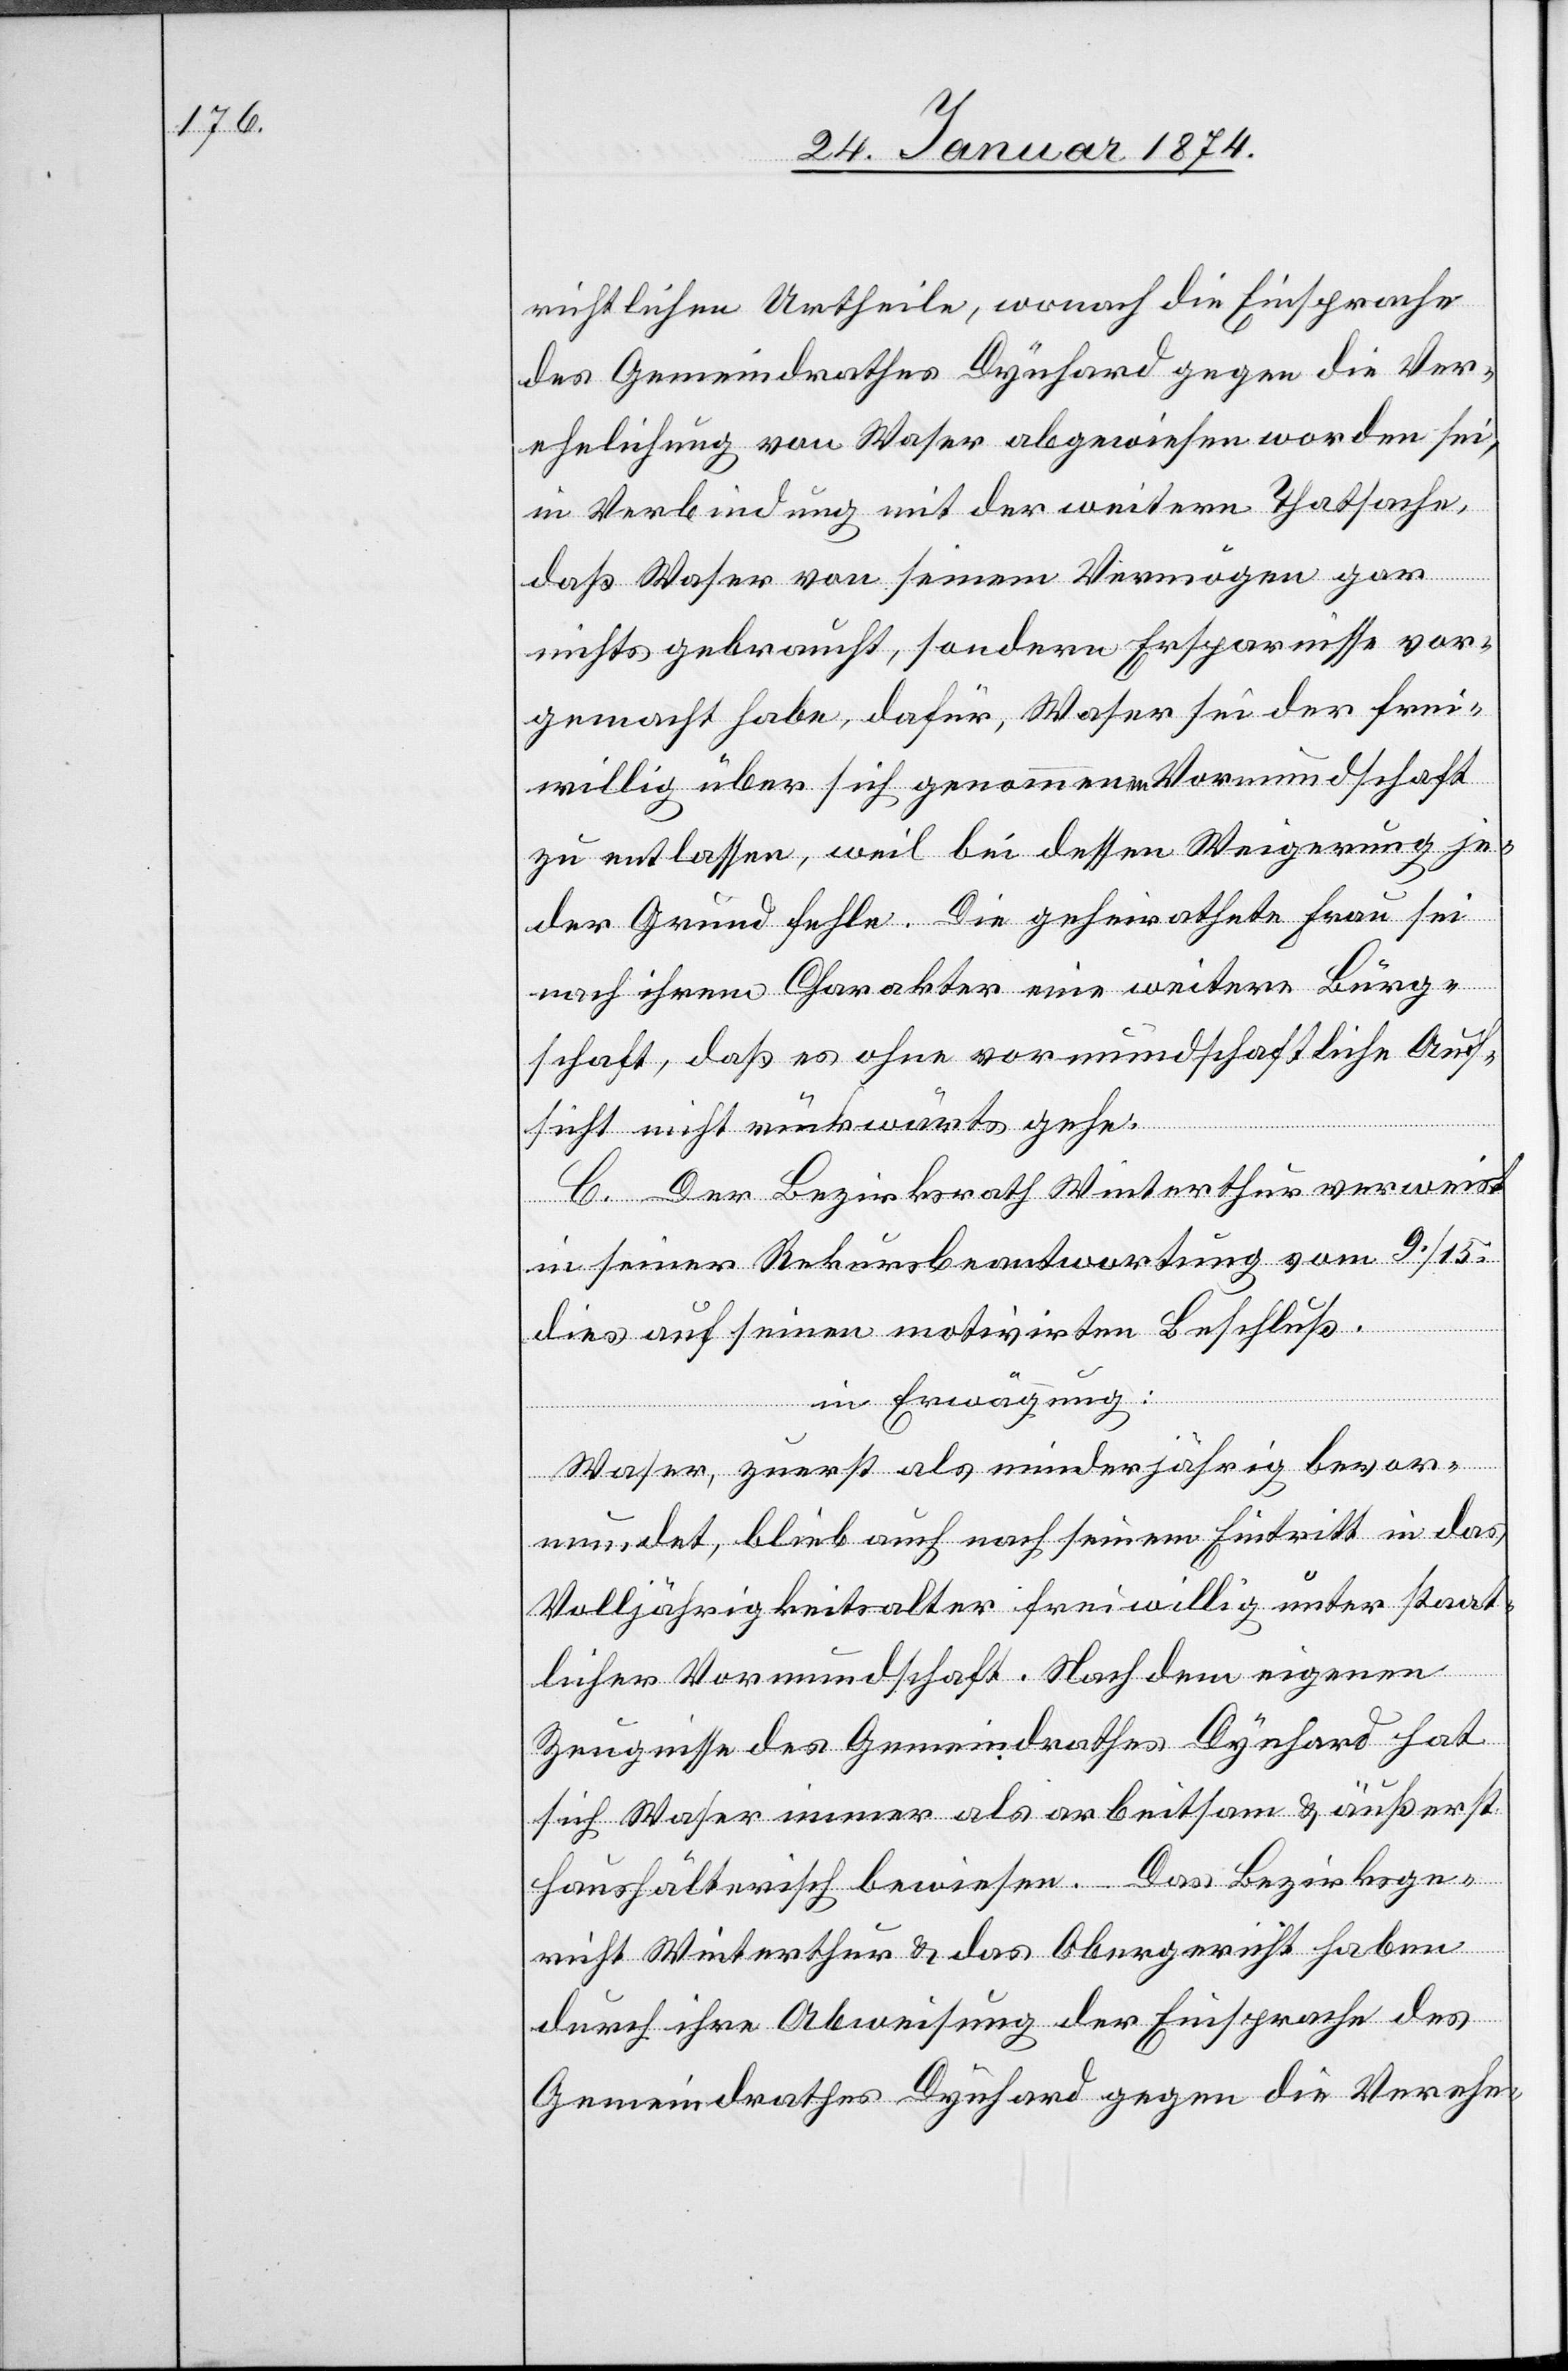
richtlichen Urtheile, worauf die Einsprache
des Gemeindrathes Dynhard gegen die Ver¬
ehelichung von Waser abgewiesen worden sei,
in Verbindung mit der weitern Thatsache,
daß Waser von seinem Vermögen gar
nichts gebraucht, sondern Ersparnisse vor¬
gemacht habe, dafür, Waser sei der frei¬
willig über sich genommenen Vormundschaft
zu entlassen, weil bei dessen Weigerung je¬
der Grund fehle. Die geheirathete Frau sei
nach ihrem Charakter eine weitere Bürg¬
schaft, daß es ohne vormundschaftliche Auf¬
sicht nicht rückwärts gehe.
C. Der Bezirksrath Winterthur verweist
in seiner Rekursbeantwortung vom 9. / 15.
dies auf seinen motivirten Beschluß.
in Erwägung:
Waser, zuerst als minderjährig bevor¬
mundet, bleib[t] auch nach seinem Eintritt in das
Volljährigkeitsalter freiwillig unter staat¬
licher Vormundschaft. Nach dem eigenen
Zeugnisse des Gemeindrathes Dynhard hat
sich Waser immer als arbeitsam & äußerst
haushälterisch bewiesen. Das Bezirksge¬
richt Winterthur & das Obergericht haben
durch ihre Abweisung der Einsprache des
Gemeindrathes Dynhard gegen die Verehe-